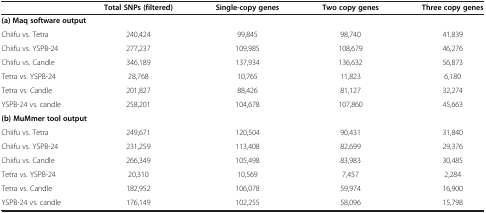
<table><thead><tr><td><b> </b></td><td><b>Total SNPs (filtered)</b></td><td><b>Single-copy genes</b></td><td><b>Two copy genes</b></td><td><b>Three copy genes</b></td></tr></thead><tbody><tr><td colspan="5"><b>(a) Maq software output</b></td></tr><tr><td>Chiifu vs. Tetra</td><td>240,424</td><td>99,845</td><td>98,740</td><td>41,839</td></tr><tr><td>Chiifu vs. YSPB-24</td><td>277,237</td><td>109,985</td><td>108,679</td><td>46,276</td></tr><tr><td>Chiifu vs. Candle</td><td>346,189</td><td>137,934</td><td>136,632</td><td>56,873</td></tr><tr><td>Tetra vs. YSPB-24</td><td>28,768</td><td>10,765</td><td>11,823</td><td>6,180</td></tr><tr><td>Tetra vs. Candle</td><td>201,827</td><td>88,426</td><td>81,127</td><td>32,274</td></tr><tr><td>YSPB-24 vs. candle</td><td>258,201</td><td>104,678</td><td>107,860</td><td>45,663</td></tr><tr><td colspan="5"><b>(b) MuMmer tool output</b></td></tr><tr><td>Chiifu vs. Tetra</td><td>249,671</td><td>120,504</td><td>90,431</td><td>31,840</td></tr><tr><td>Chiifu vs. YSPB-24</td><td>231,259</td><td>113,408</td><td>82,699</td><td>29,376</td></tr><tr><td>Chiifu vs. Candle</td><td>266,349</td><td>105,498</td><td>83,983</td><td>30,485</td></tr><tr><td>Tetra vs. YSPB-24</td><td>20,310</td><td>10,569</td><td>7,457</td><td>2,284</td></tr><tr><td>Tetra vs. Candle</td><td>182,952</td><td>106,078</td><td>59,974</td><td>16,900</td></tr><tr><td>YSPB-24 vs. candle</td><td>176,149</td><td>102,255</td><td>58,096</td><td>15,798</td></tr></tbody></table>